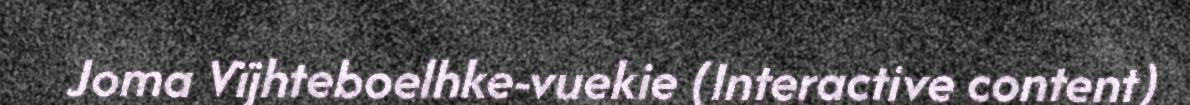
Joma Vïjhteboelhke-vuekie (Interactive content)